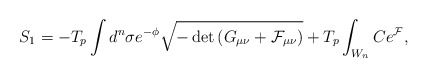
\begin{align*}S_{1} = -T_p \int d^n \sigma e^{-\phi} \sqrt{-\det{\left( G_{\mu \nu} +{\cal F}_{\mu \nu}\right)}} +T_p \int_{W_{n}} C e^{\cal F} ,\end{align*}